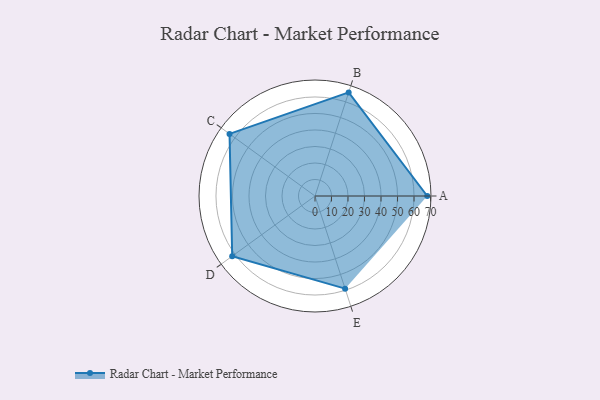
{"axis": {"x": "Skill", "y": "Score"}, "legend": ["Profile"], "data": [{"x": "A", "y": 68.0, "type": "Profile"}, {"x": "B", "y": 66.0, "type": "Profile"}, {"x": "C", "y": 64.0, "type": "Profile"}, {"x": "D", "y": 62.0, "type": "Profile"}, {"x": "E", "y": 59.0, "type": "Profile"}]}